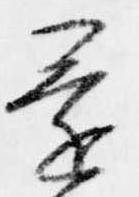
還